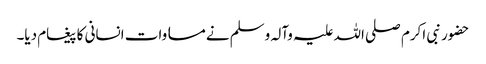
حضور نبی اکرم صلی اللہ علیہ وآلہ وسلم نے مساوات انسانی کا پیغام دیا۔